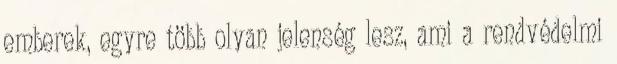
emberek, egyre több olyan jelenség lesz, ami a rendvédelmi